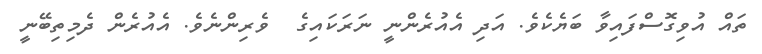
ތައް އުވިގޮސްފައިވާ ބަޔެކެވެ. އަދި އެއުރެންނީ ނަރަކައިގެ  ވެރިންނެވެ. އެއުރެން ދެމިތިބޭނީ